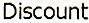
DISCOUNT